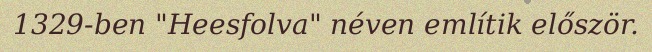
1329-ben "Heesfolva" néven említik először.